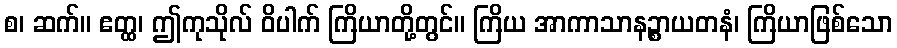
စ၊ ဆက်။ ဧတ္ထ၊ ဤကုသိုလ် ဝိပါက် ကြိယာတို့တွင်။ ကြိယ အာကာသာနဉ္စာယတနံ၊ ကြိယာဖြစ်သော